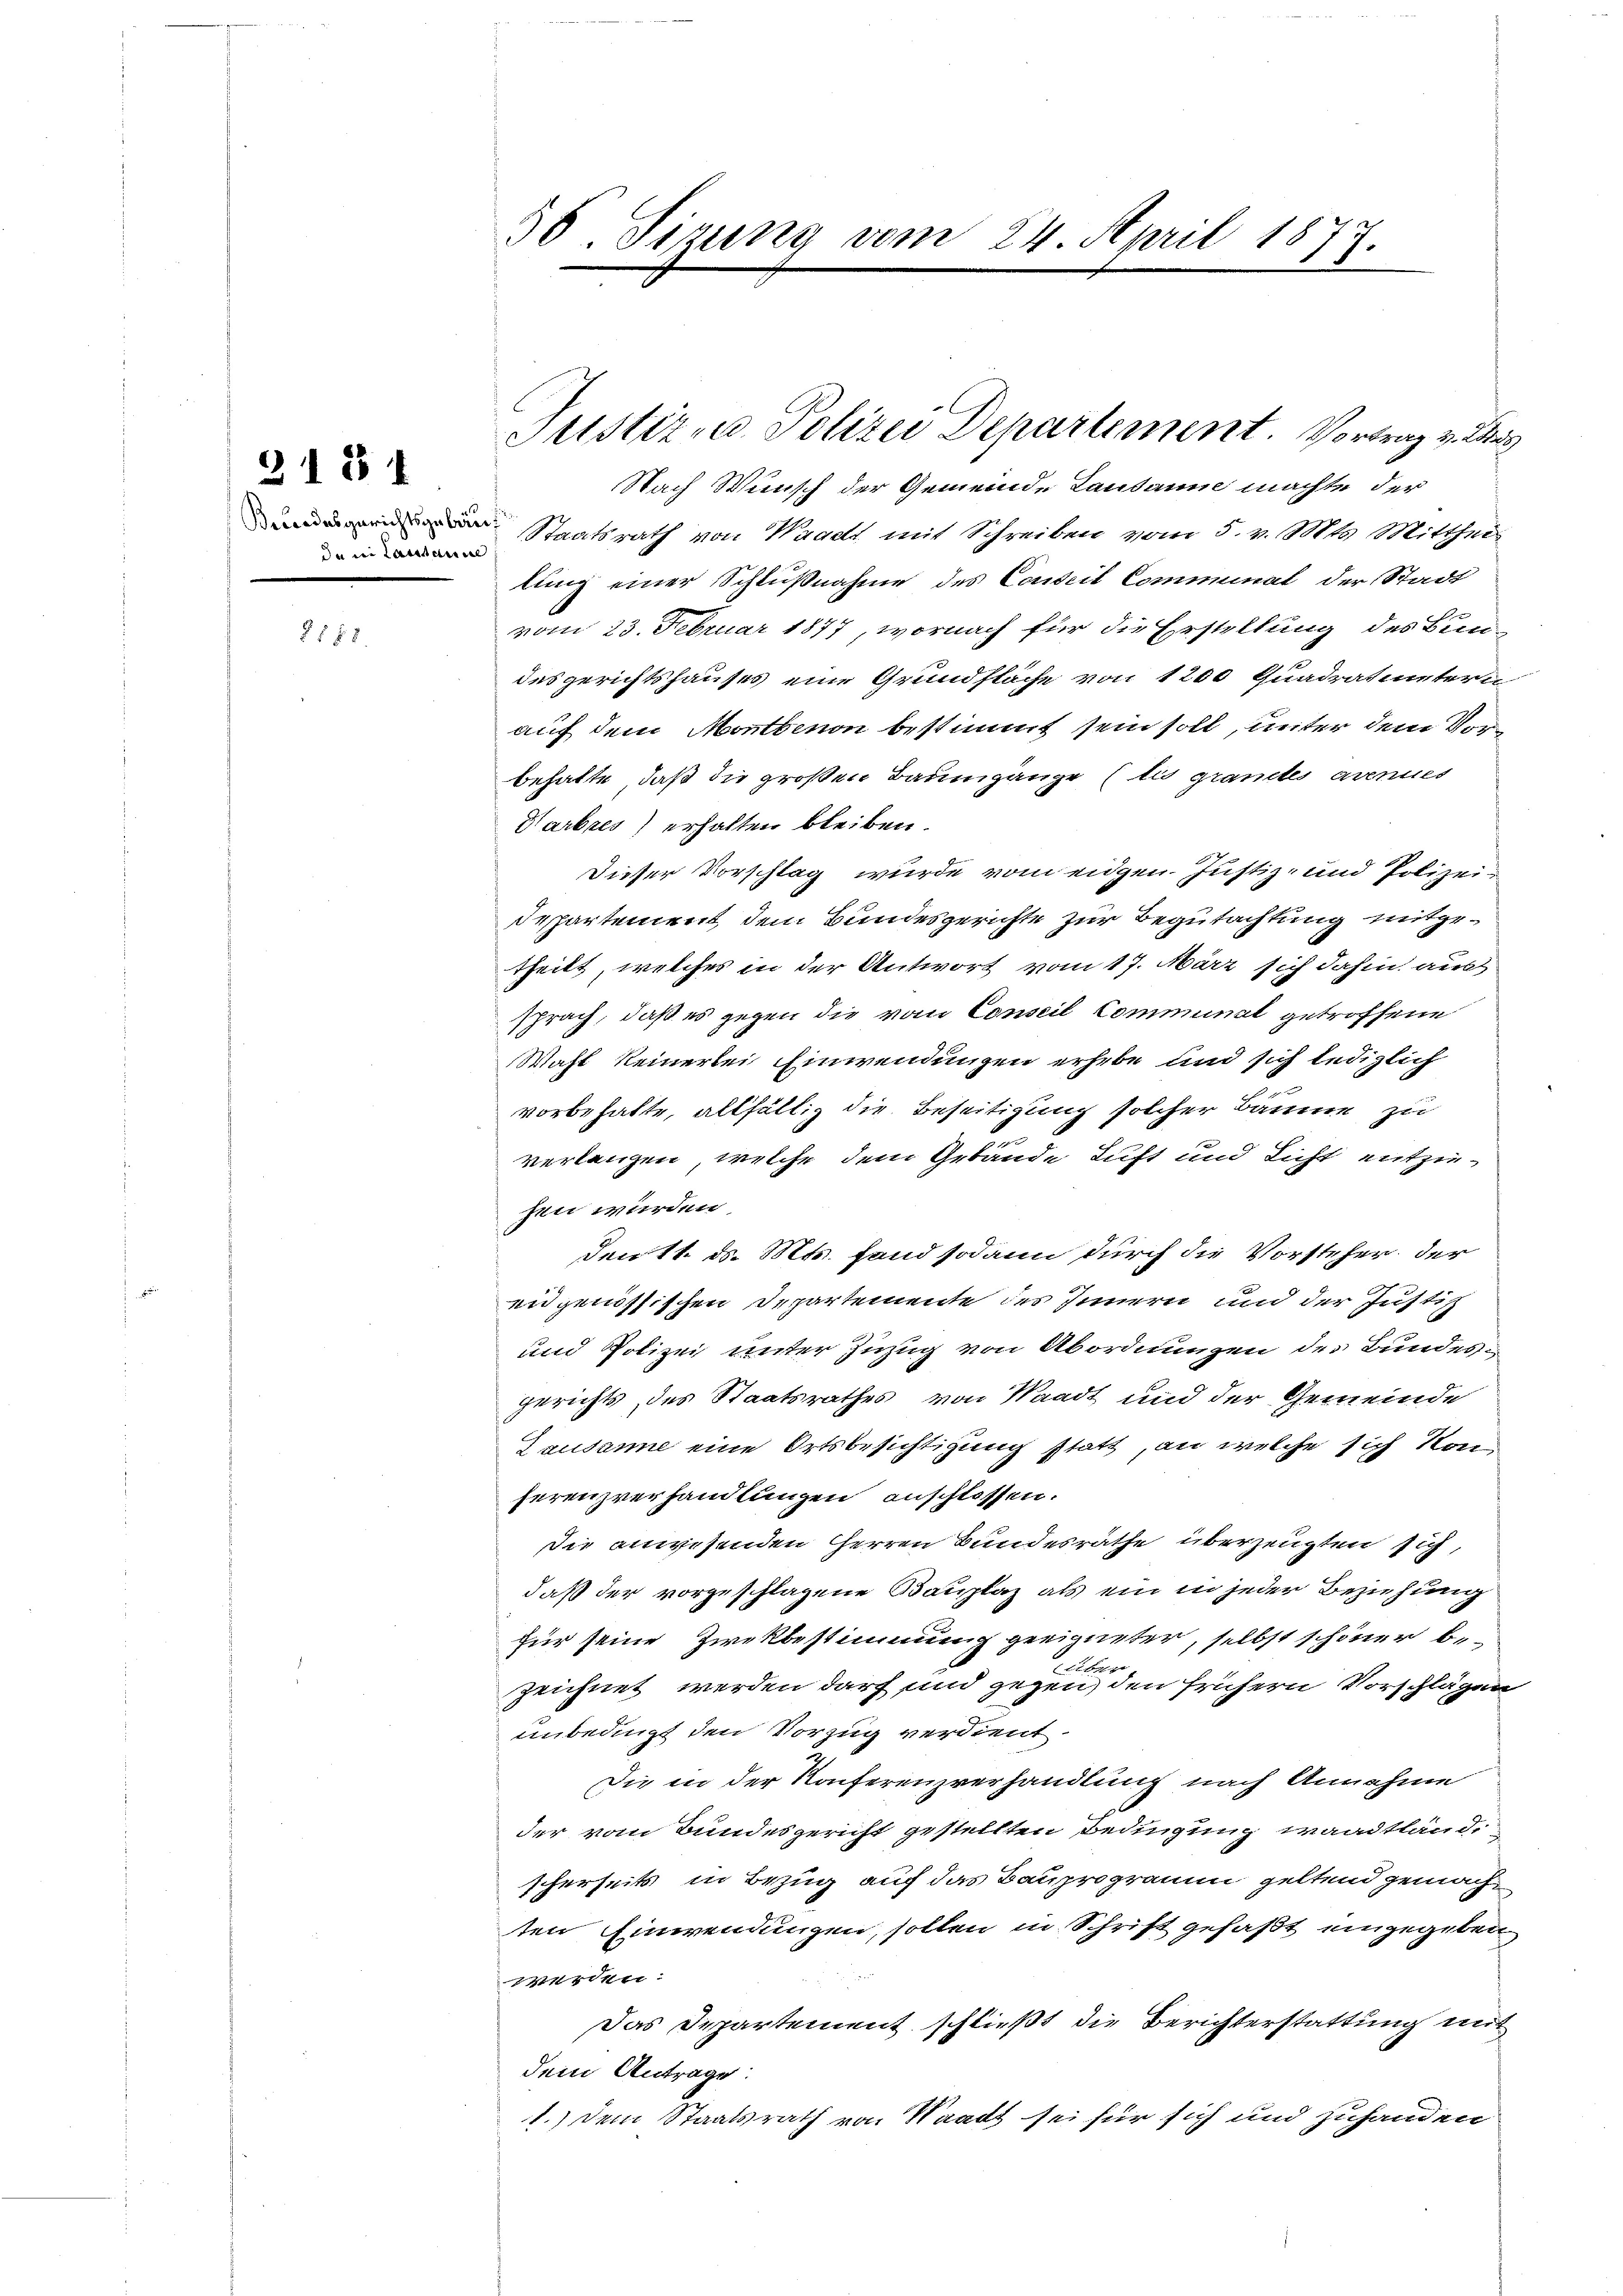
Brandesgerichtsgebäu
da in Lassance

3181

§188.

56 Sizung vom 24. April 1877.

Nach Wunsch der Gemeinde Lausann machte der
Staatsrath von Waadt mit Schreiben vom 5. v. Mts. Mitthei
lung einer Schlußnahme des Conseil Communal der Stadt
vom 23. Februar 1877, wornach für die Erstellung des Bun-
desgerichtshauses eine Grundfläche von 1200 Quadratmetern
auf dem Montbenon bestimmt sein soll, unter dem Vorbehalte, daß die großen Baumgänge (tis grandtes avenues
Harbres) erhalten bleiben.
Dieser Vorschlag wurde vom eidgen. Justiz- und Polizeidespartement, dem Bundesgerichte zur Begutachtung mitgetheilt, welches in der Antwort vom 17. März sich dahin aus
sprach, daß es gegen die vom Conseil Communal getroffene
Wahl keinerlei Einwendungen erhebe und sich lediglich
vorbehalte, allfällig die Beseitigung solcher Bäume zu
verlangen, welche dem Gebäude Luft und Licht entziehen würden,
den 11. ds. Mts. fand sodann durch die Vorsteher der
eidgenössischen Departemente des Innern und der Justiz
und Polizei unter Zuzug von Abordnungen des Bundesgerichts, des Staatsrathes von Waadt und der Gemeinde
Lausanne eine Ortsbesichtigung statt, an welche sich kon-
herenzverhandlungen anschlossen.
die anwesenden Herren Bundesräthe überzeugten sich,
daß der vorgeschlagene Bauplaz als ein in jeder Beziehung
für seine Zwekbestimmung geeigneter, selbst schöner be-
elter
zeichnet werden darf und gegen, den frühern Vorschlägen
unbedingt den Vorzug verdient.
Die in der Konferenzverhandlung nach Annahme
der vom Bundesgericht gestellten Bedingung waadtländ
scherseits in Bezug auf das Bauprogramm geltend gemachten Einwendungen, sollen in Schrift gefaßt eingegeben
werden:
Das Departement schließt die Berichterstattung mit
dem Antrage:
1.) Dem Staatsrath von Waadt sei für sich und zuhanden

Justiz- u. Polizei Departement. Vortrag v. Ms